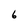
Character: 6